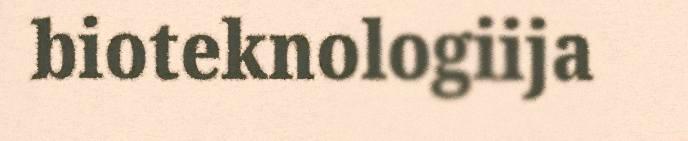
bioteknologiija